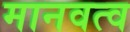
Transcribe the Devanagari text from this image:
मानवत्व